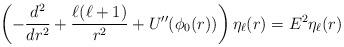
LaTeX: \begin{align*}\left(-\frac{d^2}{dr^2} + \frac{\ell(\ell+1)}{r^2}+U''(\phi_0(r))\right) \eta_\ell(r) = E^2 \eta_\ell(r)\end{align*}